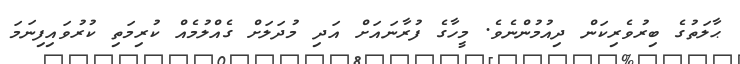
ޙާލަތުގެ ބިރުވެރިކަން ދިއުމުންނެވެ. މީހާގެ ފުރާނައަށް އަދި މުދަލަށް ގެއްލުމެއް ކުރިމަތި ކުރުވައިފިނަމަ